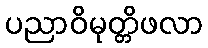
ပညာဝိမုတ္တိဖလာ